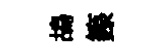
鴣籙